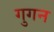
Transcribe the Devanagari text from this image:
गुगन